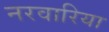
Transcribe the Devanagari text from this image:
नरवारिया